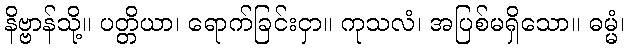
နိဗ္ဗာန်သို့။ ပတ္တိယာ၊ ရောက်ခြင်းငှာ။ ကုသလံ၊ အပြစ်မရှိသော။ ဓမ္မံ၊